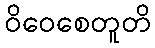
ဝိဝေစေတူတိ